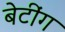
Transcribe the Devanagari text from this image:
बेटींग